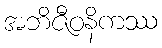
အဘိဇီဝနိကဿ